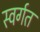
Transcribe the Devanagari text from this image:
स्वर्गत